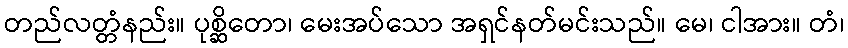
တည်လတ္တံနည်း။ ပုစ္ဆိတော၊ မေးအပ်သော အရှင်နတ်မင်းသည်။ မေ၊ ငါအား။ တံ၊